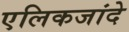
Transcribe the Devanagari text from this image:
एलिकजांदे